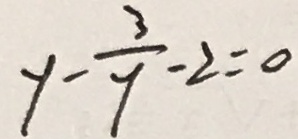
y - \frac { 3 } { y } - 2 = 0